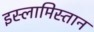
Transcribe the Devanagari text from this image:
इस्लामिस्तान